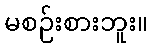
မစဉ်းစားဘူး။